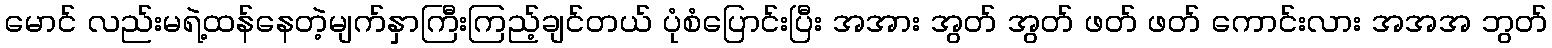
မောင် လည်းမရဲ့ထန်နေတဲ့မျက်နှာကြီးကြည့်ချင်တယ် ပုံစံပြောင်းပြီး အအား အွတ် အွတ် ဖတ် ဖတ် ကောင်းလား အအအ ဘွတ်